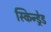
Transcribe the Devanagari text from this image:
स्किन्ड्रेड